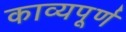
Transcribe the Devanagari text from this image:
काव्यपूर्ण